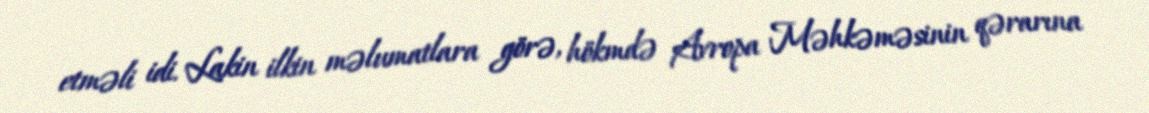
etməli idi. Lakin ilkin məlumatlara görə, hökmdə Avropa Məhkəməsinin qərarına